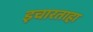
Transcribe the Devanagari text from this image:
इचारताहा